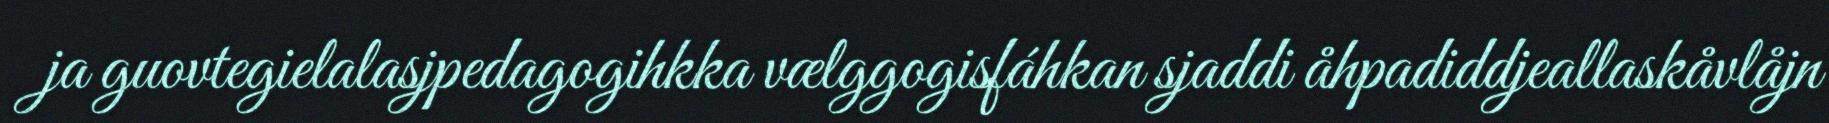
ja guovtegielalasjpedagogihkka vælggogisfáhkan sjaddi åhpadiddjeallaskåvlåjn